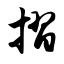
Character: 摺